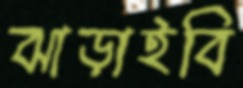
ঝাড়াইবি